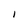
Character: I